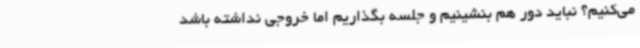
می‌کنیم؟ نباید دور هم بنشینیم و جلسه بگذاریم اما خروجی نداشته باشد